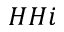
H H i